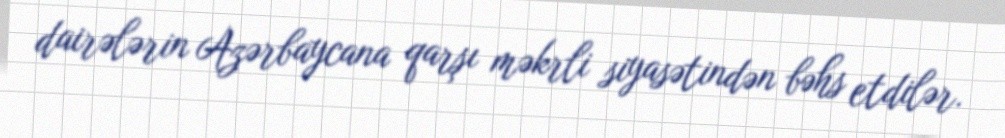
dairələrin Azərbaycana qarşı məkrli siyasətindən bəhs etdilər.